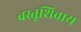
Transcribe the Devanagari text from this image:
वस्तूशिवाय